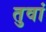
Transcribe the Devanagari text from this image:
तुवां